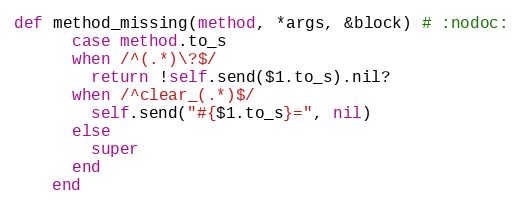
Language: Ruby
def method_missing(method, *args, &block) # :nodoc:
      case method.to_s
      when /^(.*)\?$/
        return !self.send($1.to_s).nil?
      when /^clear_(.*)$/
        self.send("#{$1.to_s}=", nil)
      else
        super
      end
    end